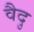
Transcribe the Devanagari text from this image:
वैदु